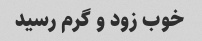
خوب زود و گرم رسید